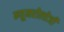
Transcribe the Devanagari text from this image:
न्यूमरोलोजी